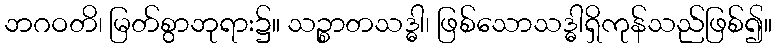
ဘဂဝတိ၊ မြတ်စွာဘုရား၌။ သဉ္စာတသဒ္ဓါ၊ ဖြစ်သောသဒ္ဓါရှိကုန်သည်ဖြစ်၍။